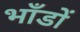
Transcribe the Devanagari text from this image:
भाँडों